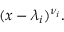
( x - \lambda _ { i } ) ^ { \nu _ { i } } .